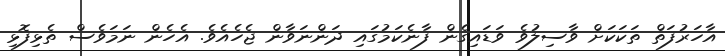
އާހަރުފަތް ތަކަކަށް ވާސިލުވެ ވަޑައިގެން ފާނެކަމުގައި ދަންނަވާން ޖެހެއެވެ. އެހެން ނަމަވެސް ތެޅިފޮޅި